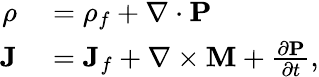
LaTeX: \begin{array}{rl}{\rho}&{{}=\rho_{f}+\nabla\cdot\textbf{P}}\\ {\textbf{J}}&{{}=\textbf{J}_{f}+\nabla\times\textbf{M}+\frac{\partial\textbf{P}}{\partial t},}\end{array}